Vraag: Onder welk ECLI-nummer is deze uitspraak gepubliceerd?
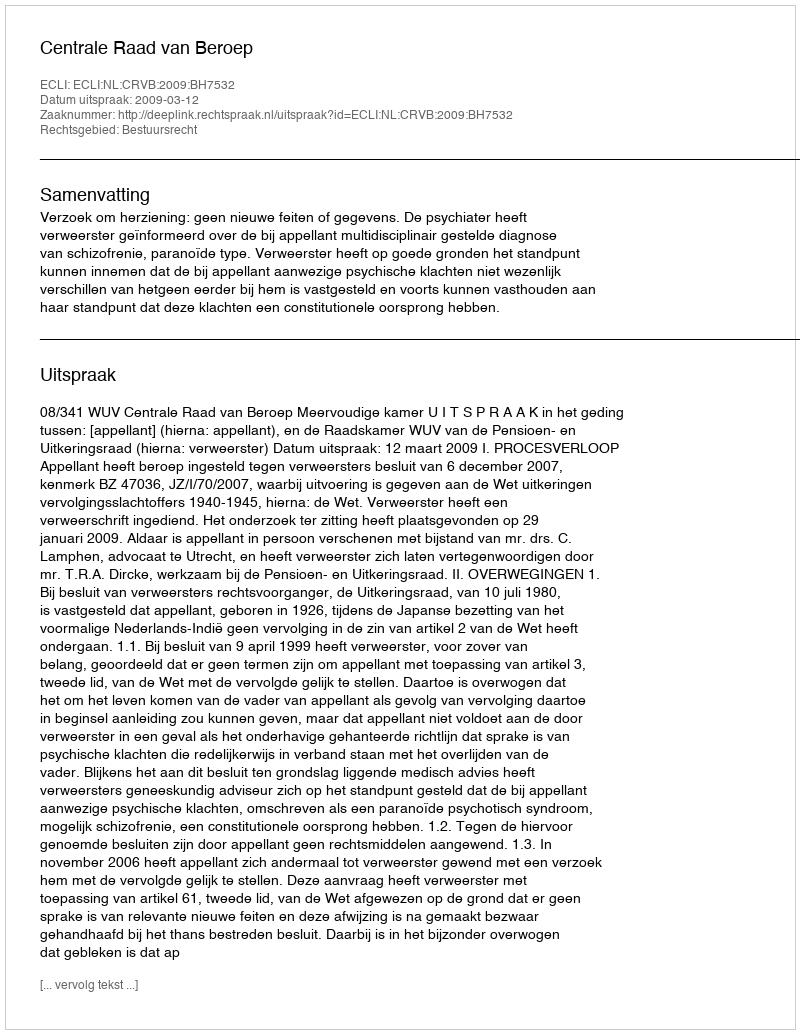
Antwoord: ECLI:NL:CRVB:2009:BH7532